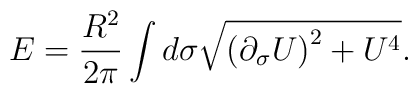
E = \frac{R^2}{2\pi}\int d\sigma \sqrt{\left(\partial_\sigma    U\right)^2 +U^4}.